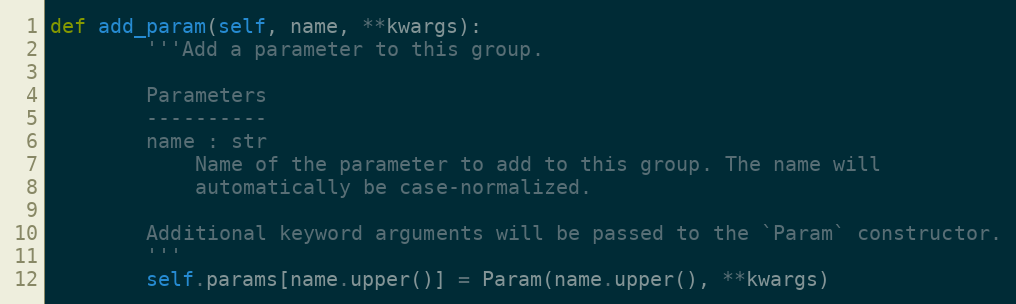
Language: Python
def add_param(self, name, **kwargs):
        '''Add a parameter to this group.

        Parameters
        ----------
        name : str
            Name of the parameter to add to this group. The name will
            automatically be case-normalized.

        Additional keyword arguments will be passed to the `Param` constructor.
        '''
        self.params[name.upper()] = Param(name.upper(), **kwargs)